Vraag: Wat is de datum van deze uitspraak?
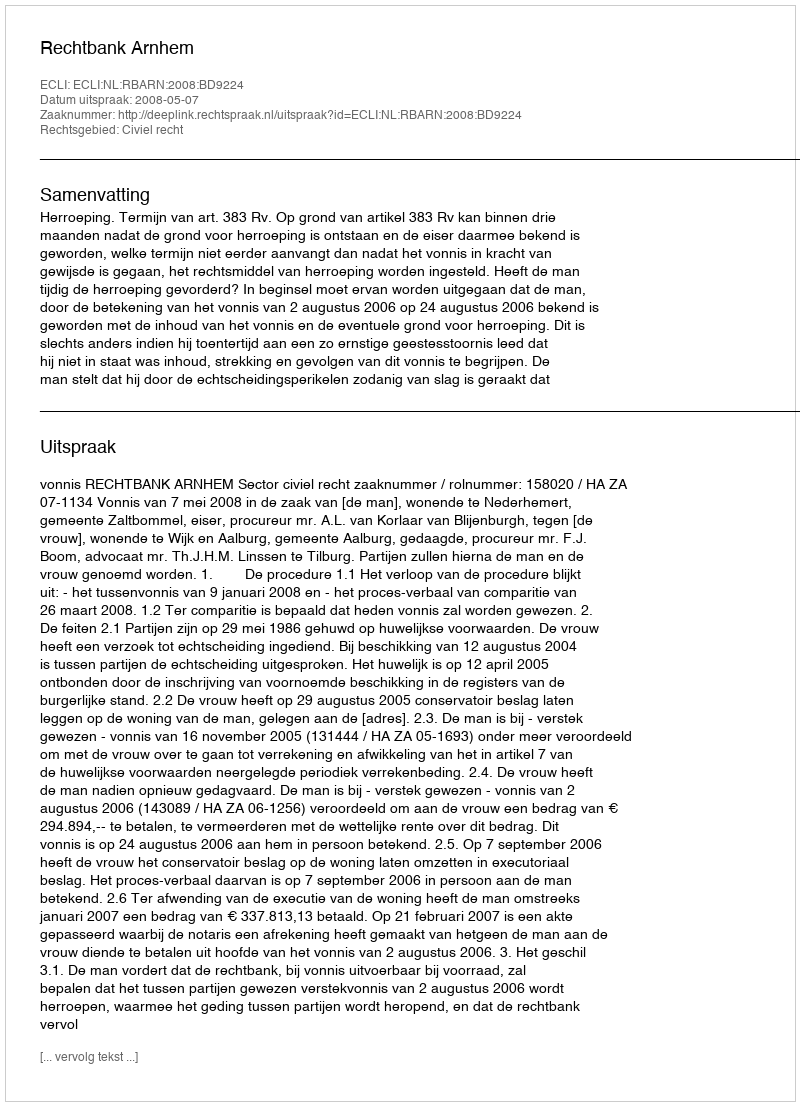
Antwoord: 2008-05-07